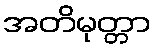
အတိမုတ္တာ